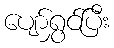
ပျော်ရွှင်ပြီး